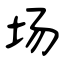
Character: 场